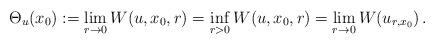
LaTeX: \begin{align*}\Theta_u(x_0):=\lim_{r\to 0}W(u,x_0,r)=\inf_{r>0}W(u,x_0,r)=\lim_{r\to 0}W(u_{r,x_0})\,.\end{align*}